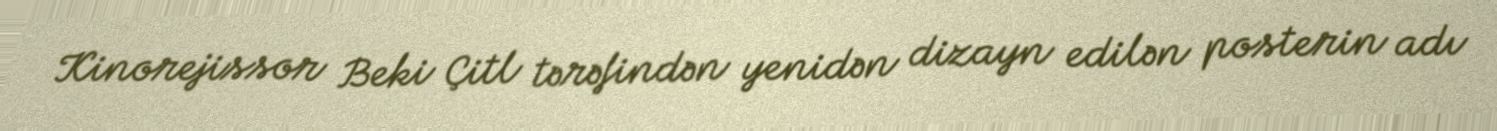
Kinorejissor Beki Çitl tərəfindən yenidən dizayn edilən posterin adı